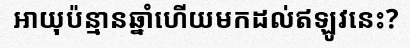
អាយុប៉ន្មានឆ្នាំហើយមកដល់ឥឡូវនេះ?